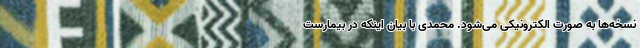
نسخه‌ها به صورت الکترونیکی می‌شود. محمدی با بیان اینکه در بیمارست